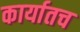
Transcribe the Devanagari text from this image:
कार्यातच